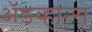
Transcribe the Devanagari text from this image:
अॅडव्हान्स